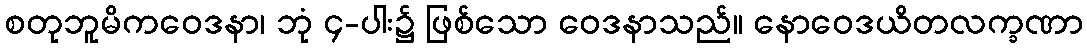
စတုဘူမိကဝေဒနာ၊ ဘုံ ၄-ပါး၌ ဖြစ်သော ဝေဒနာသည်။ နောဝေဒယိတလက္ခဏာ